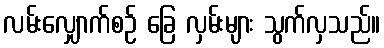
လမ်းလျှောက်စဉ် ခြေ လှမ်းများ သွက်လှသည်။